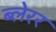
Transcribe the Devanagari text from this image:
ब्लेरर